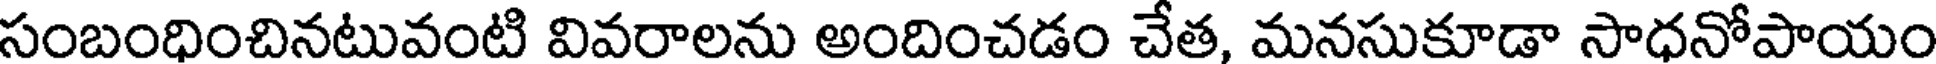
సంబంధించినటువంటి వివరాలను అందించడం చేత, మనసుకూడా సాధనోపాయం